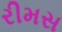
રીમસ